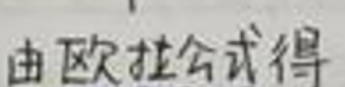
由欧拉公式得